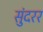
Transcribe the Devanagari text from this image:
सुंदरर